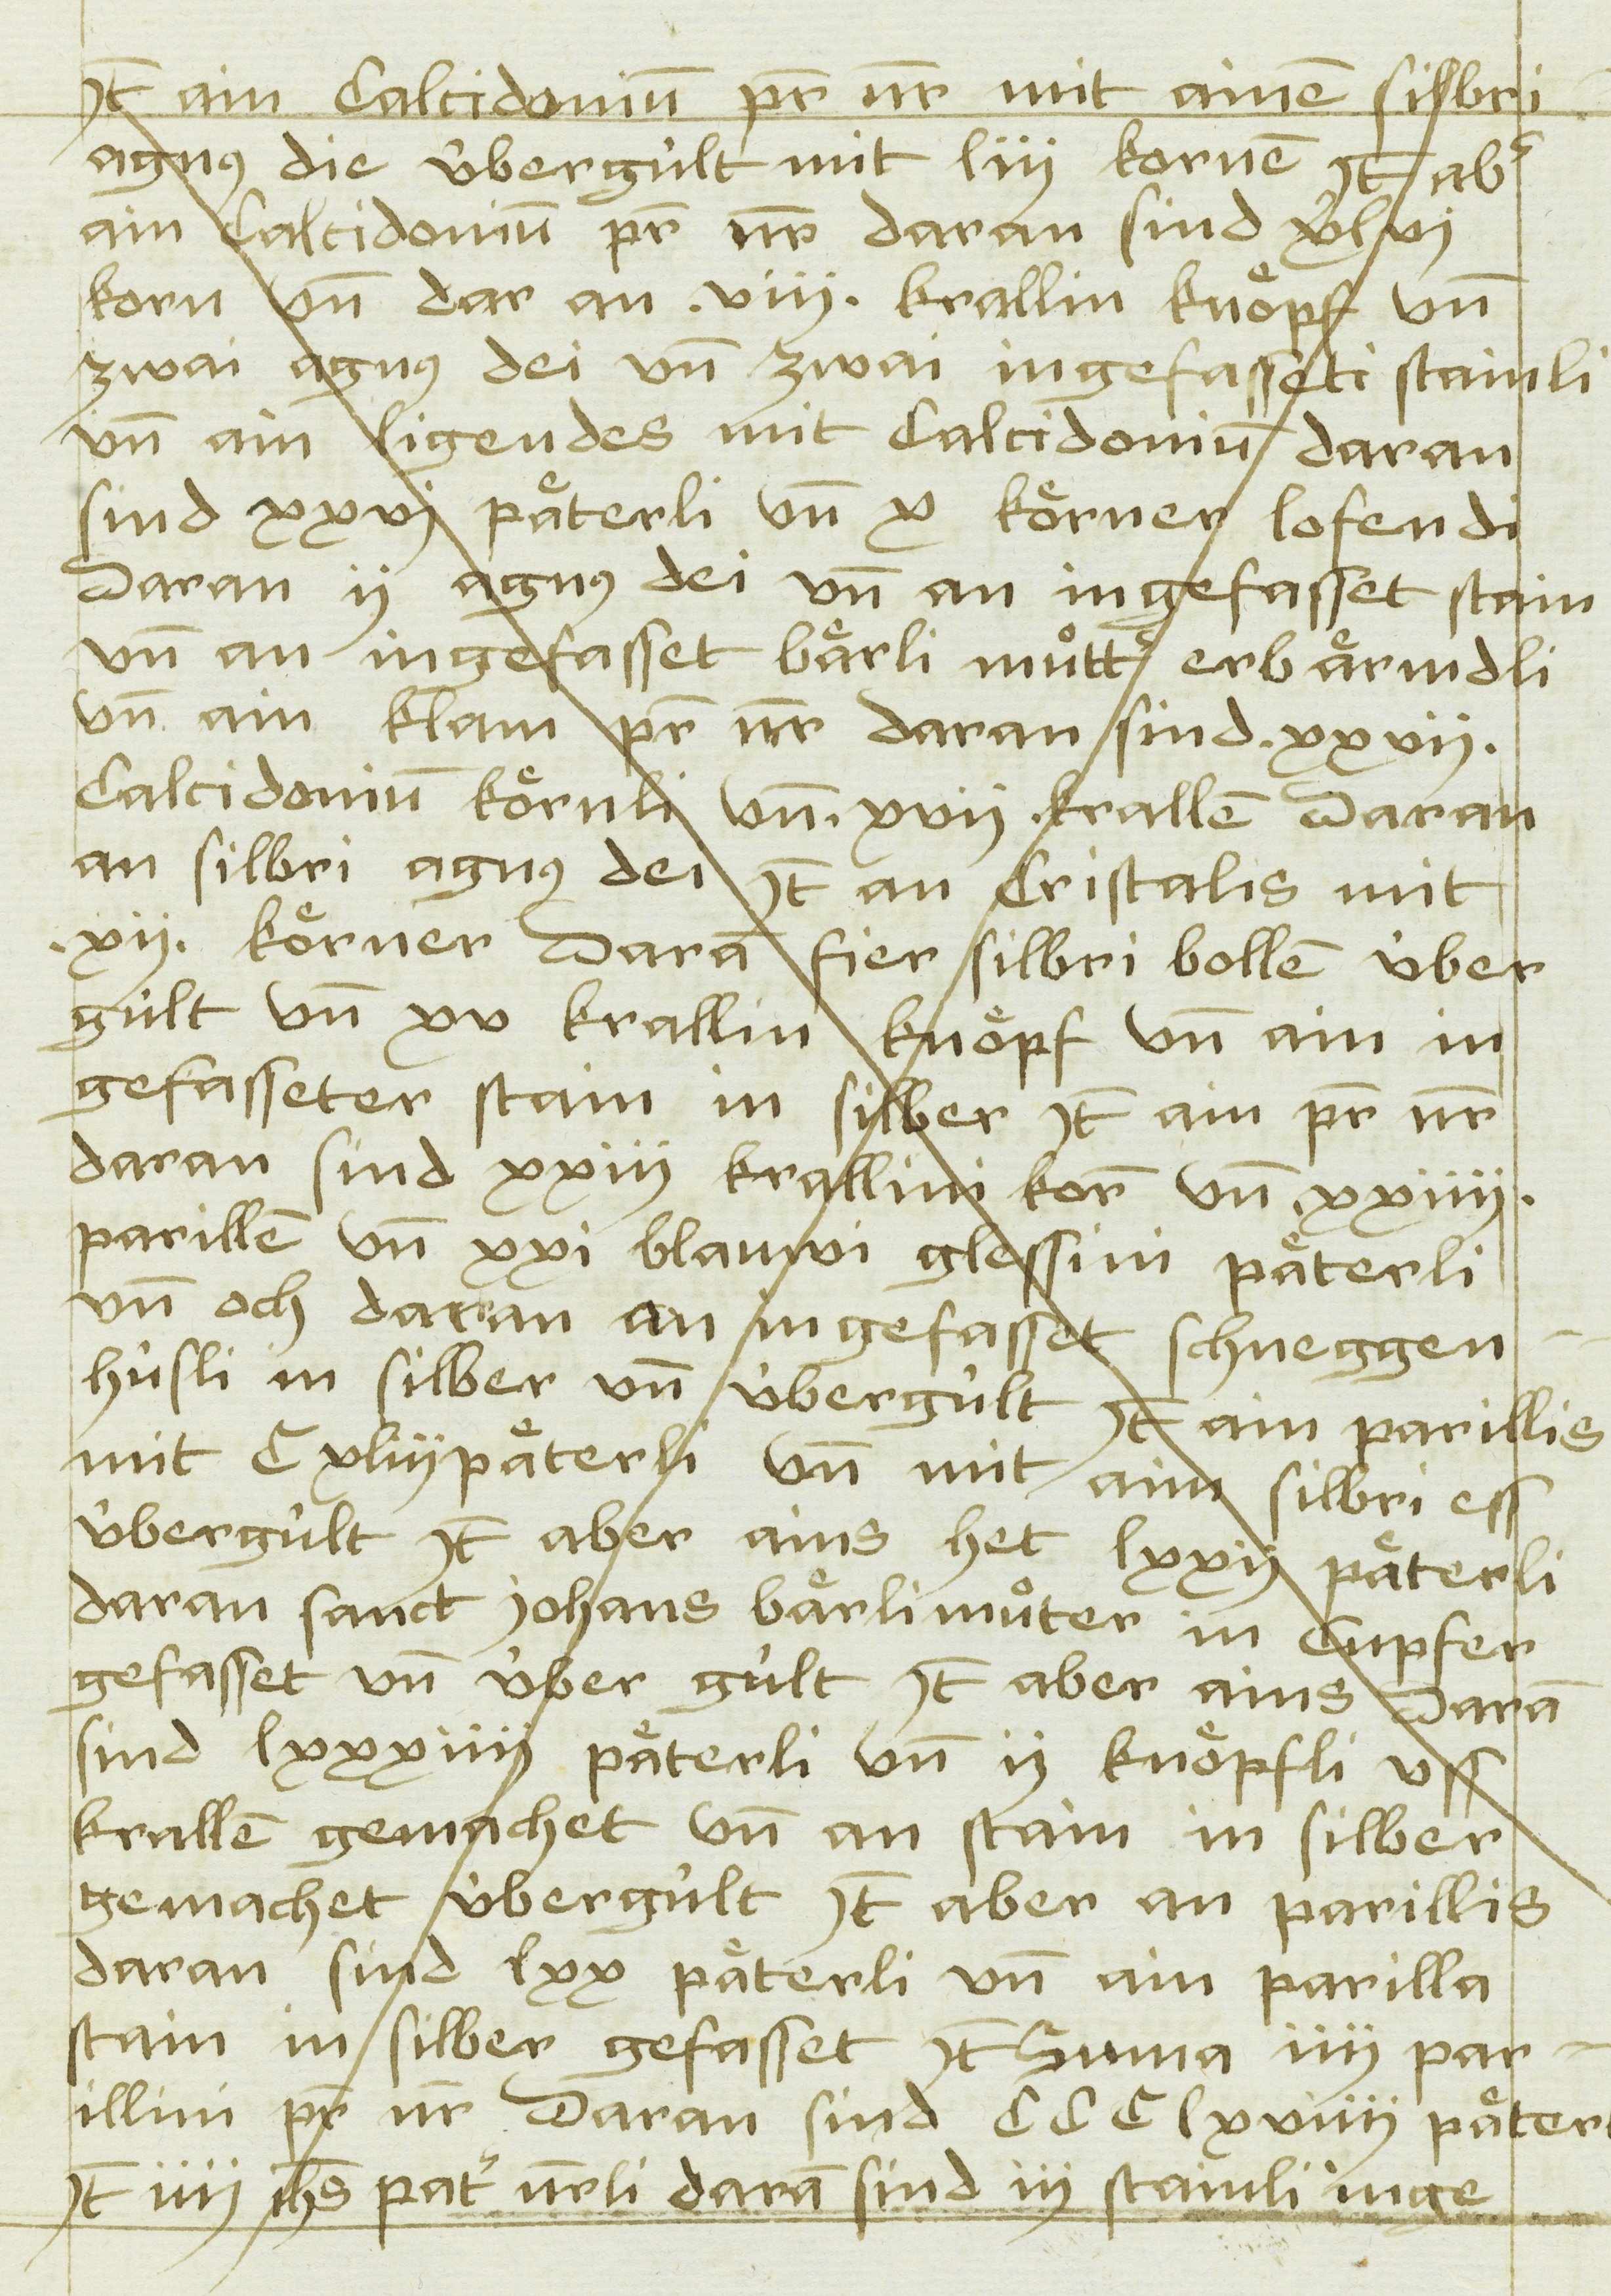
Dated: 1481–1528